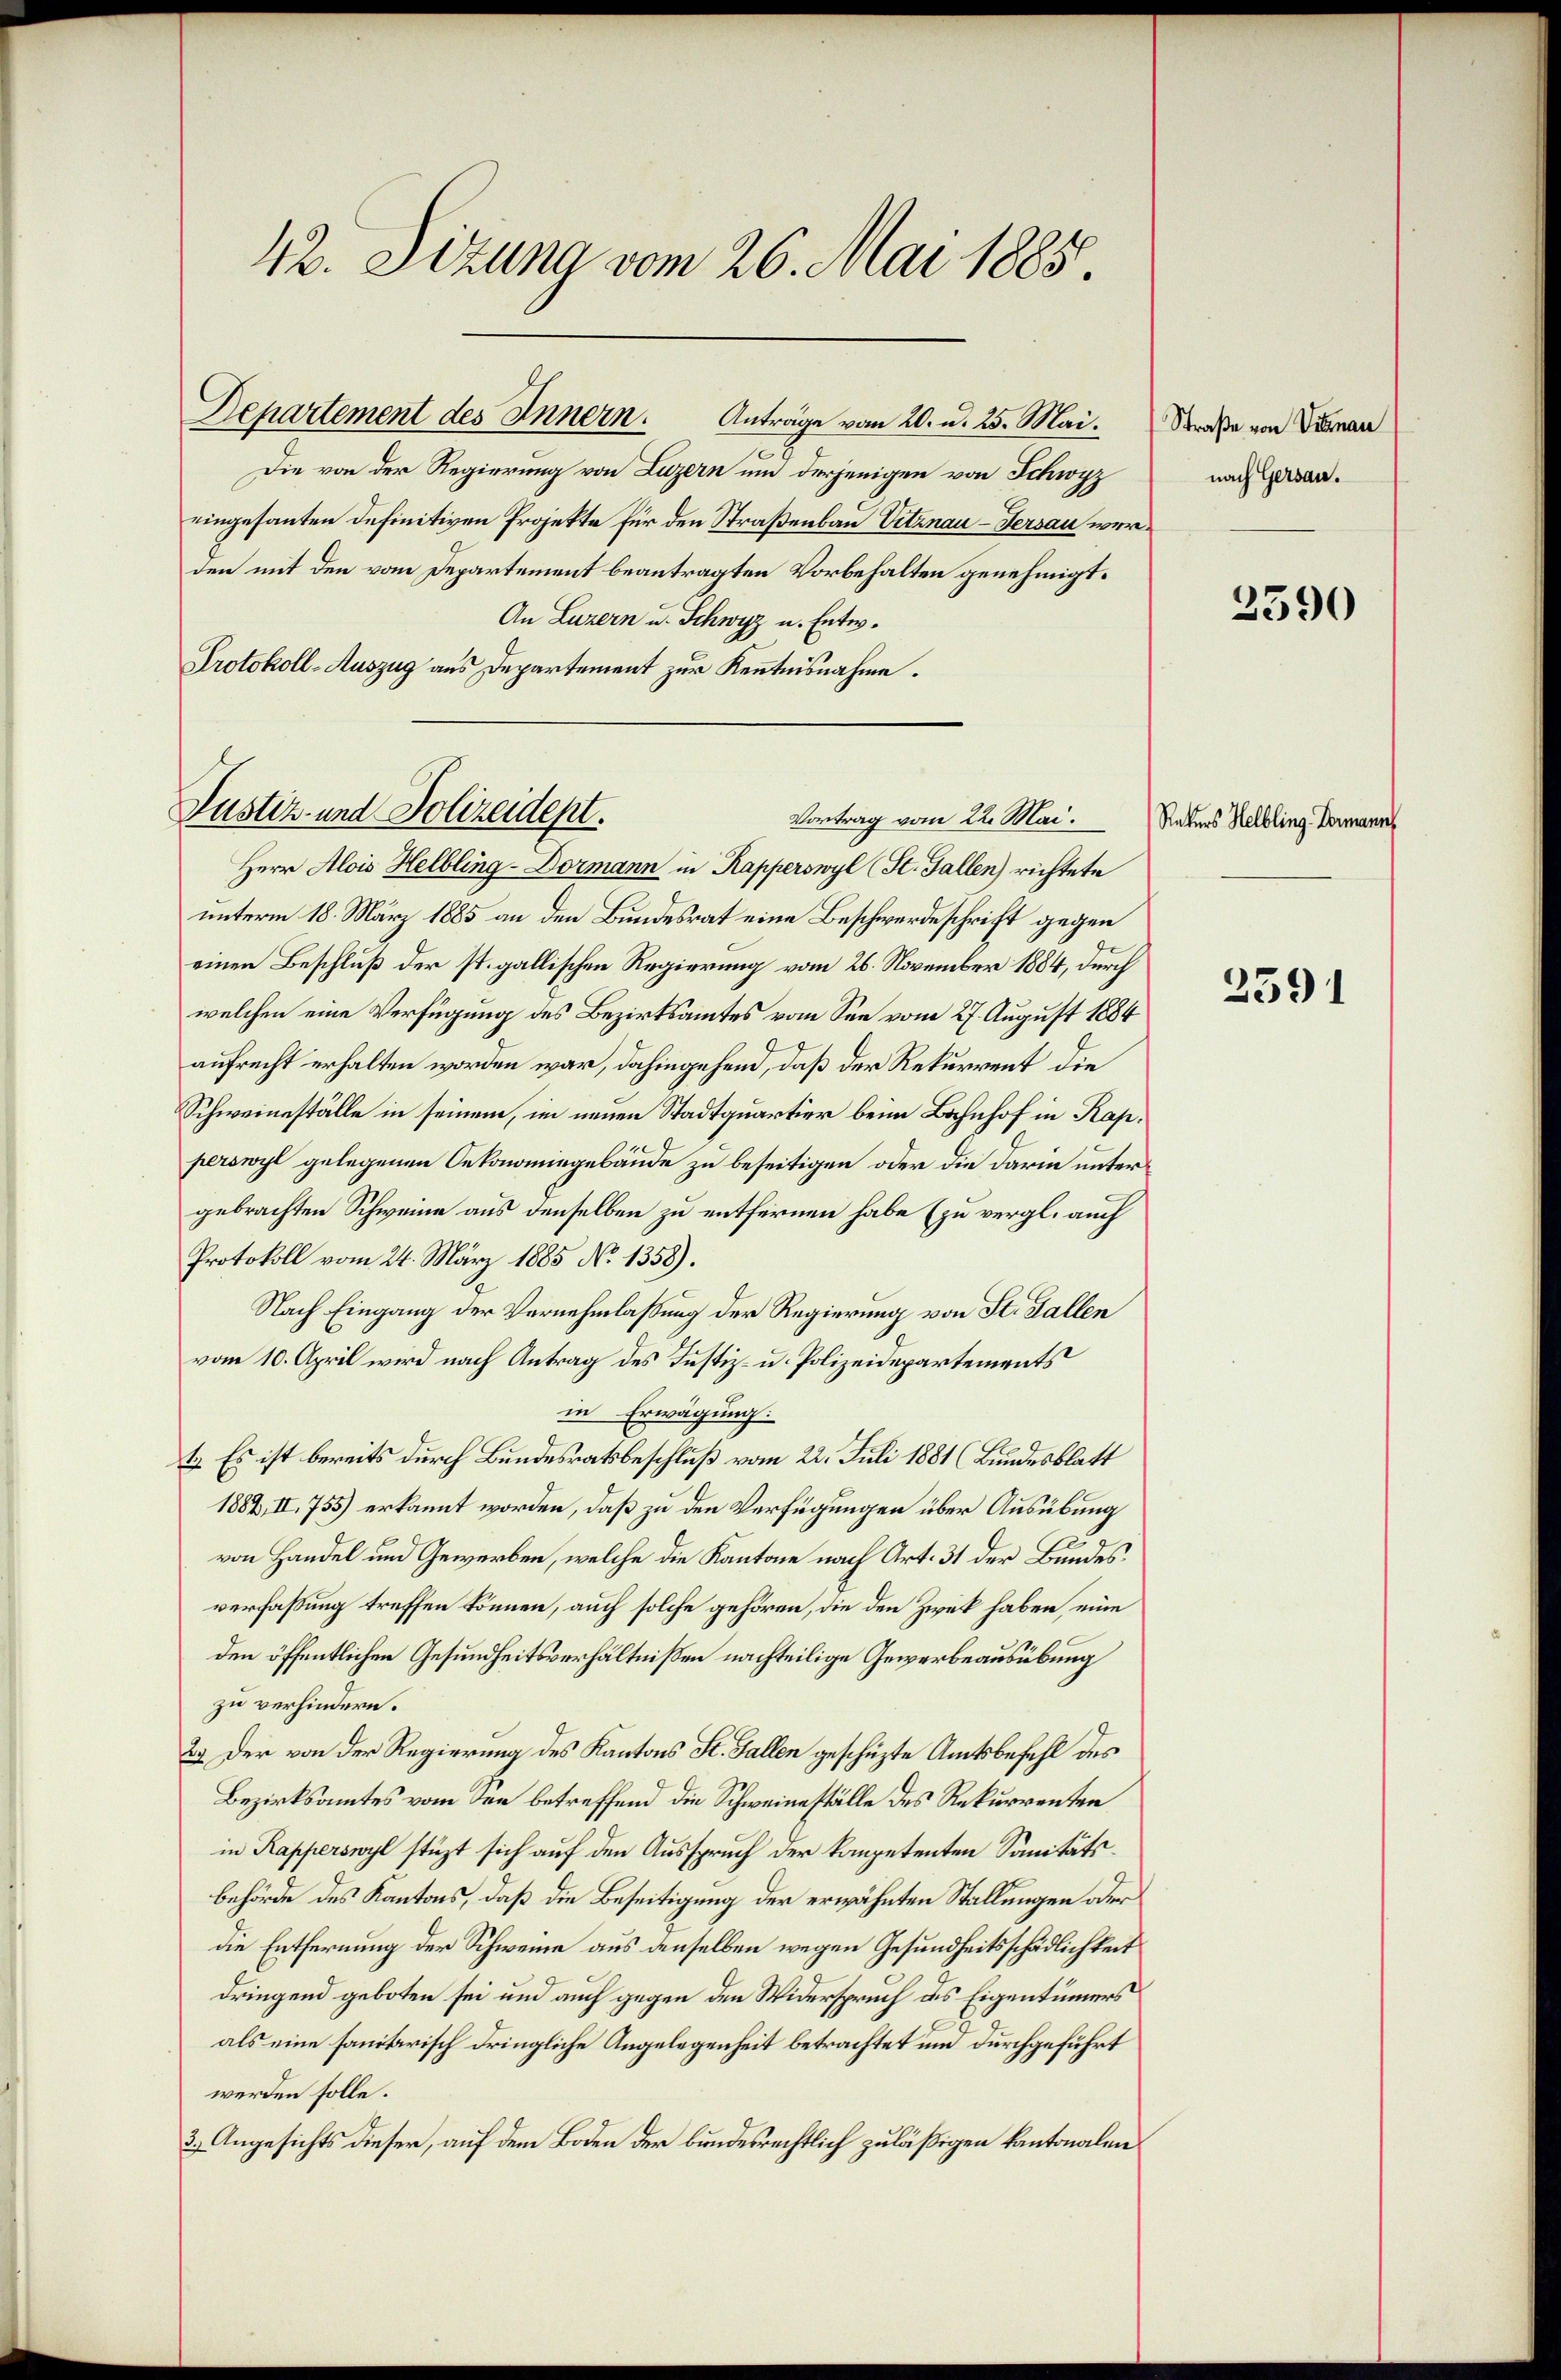
42. Sizung vom 26. Mai 1885

Die von der Regierung von Luzern um derjenigen von Schwyz
eingesanten definitiven Projekte für den Straßenbau Vitznau-Versau werden mit den vom Departement beantragten Vorbehalten genehmigt.
An Luzern u. Schwyz u. Entw.
Protokoll-Auszug aus Departement zur Kenntnisnahme.

Departement des Innern. Anträge vom 20. d. 25. Mai.

Justiz- und Polizeidept.
Vortrag vom 22. Mai.

Herr Alois Helbling-Dormann in Kapperswyl (St. Gallen richtete
unterm 18. März 1885 an den Bundesrat eine Beschwerdeschrift gegen
einen Beschluß der st. gallischen Regierung vom 26. November 1884, durch
welchen eine Verfügung des Bezirksamtes vom See vom 27. August 1884
aufrecht erhalten worden war, dahingehend, daß der Rekurrent die
Schweineställe in seinem, im neuen Stadtquartier beim Bahnhof in Kapperswyl gelegenen Oekonomiegebäude zu beseitigen oder die darin untergebrachten Schweine aus denselben zu entfernen habe (zu vergl. auch
Protokoll vom 24. März 1885 No 1358).
Nach Eingang der Vernehmlassung der Regierung von St. Gallen
vom 10. April wird nach Antrag des Justiz- u. Polizeidepartements
in Erwägung:
1. Es ist bereits durch Bundesratsbeschluß vom 22. Juli 1881 (Bundesblatt
1882, II. 755) erkannt worden, daß zu den Verfügungen über Ausübung
von Handel und Gewerben, welche die Kantone nach Art. 31 der Bundesverfassung treffen können, auch solche gehören, die den Zweck haben, eine
den öffentlichen Gesundheitsverhältnißen nachteilige Gewerbeausübung
zu verhindern.
2.) Der von der Regierung des Kantons St. Gallen geschüzte Amtsbefehl des
Bezirksamtes vom See betreffend die Schweineställe des Rekurrenten
in Kapperswyl stüzt sich auf den Ausspruch der kompetenten Sanitätsbehörde des Kantons, daß die Beseitigung der erwähnten Stallungen oder
die Entfernung der Schweine aus denselben wegen Gesundheitsschädlichkeit
dringend geboten sei und auch gegen den Widerspruch ds Eigentümers
als eine sanitarisch dringliche Angelegenheit betrachtet und durchgeführt
werden solle.
3.) Angesichts dieser, auf dem Boden der bundesrechtlich zuläßigen kantonalen

Straße von Visman
nach Gersau.

2590

Rekurs Helbling-Formann

2591